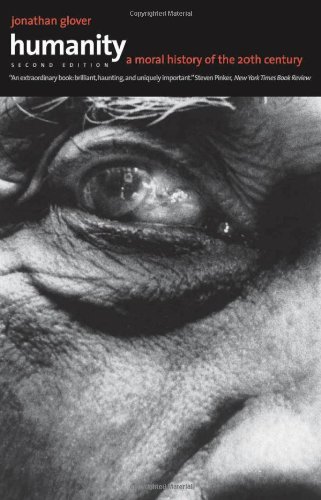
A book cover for Humanity: A Moral History of the Twentieth Century, Second Edition; Jonathan Glover; Politics & Social Sciences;